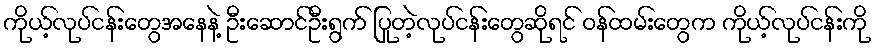
ကိုယ့်လုပ်ငန်းတွေအနေနဲ့ ဦးဆောင်ဦးရွက် ပြုတဲ့လုပ်ငန်းတွေဆိုရင် ဝန်ထမ်းတွေက ကိုယ့်လုပ်ငန်းကို